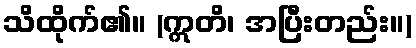
သိထိုက်၏။ (ဣတိ၊ အပြီးတည်း။)